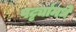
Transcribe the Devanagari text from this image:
पट्ट्यांमधे